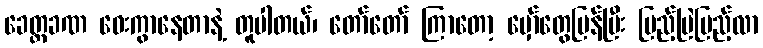
ခေတ္တခဏ ဝေးကွာနေတာနဲ့ တူပါတယ်၊ တော်တော် ကြာတော့ မှော်တွေပြန်ပြီး ပြည့်မြဲပြည့်လာ